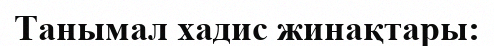
Танымал хадис жинақтары: